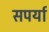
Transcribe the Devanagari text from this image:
सपर्या